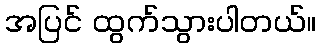
အပြင် ထွက်သွားပါတယ်။